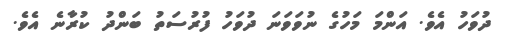
ދުވަހު އެވެ. އަންމަ މަހުގެ ނުވަވަނަ ދުވަހު ފުރުސަތު ބަންދު ކުރާނެ އެވެ.